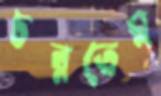
চরতেম